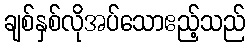
ချစ်နှစ်လိုအပ်သောဧည့်သည်